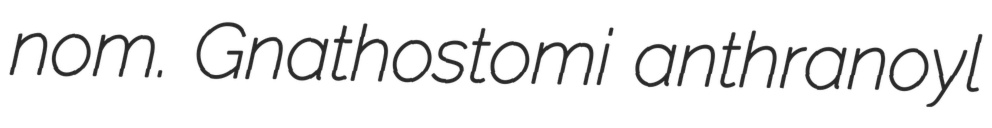
nom. Gnathostomi anthranoyl